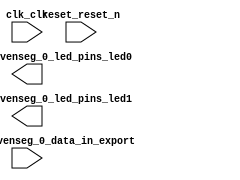

module hex_to_led (
	clk_clk,
	reset_reset_n,
	eightbitstosevenseg_0_data_in_export,
	eightbitstosevenseg_0_led_pins_led0,
	eightbitstosevenseg_0_led_pins_led1);	

	input		clk_clk;
	input		reset_reset_n;
	input	[7:0]	eightbitstosevenseg_0_data_in_export;
	output	[6:0]	eightbitstosevenseg_0_led_pins_led0;
	output	[6:0]	eightbitstosevenseg_0_led_pins_led1;
endmodule